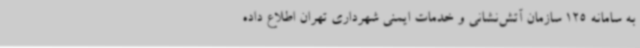
به سامانه 125 سازمان آتش‌نشانی و خدمات ایمنی شهرداری تهران اطلاع داده